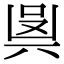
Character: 𠔛